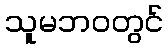
သူမဘဝတွင်